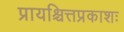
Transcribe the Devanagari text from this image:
प्रायश्चित्तप्रकाशः